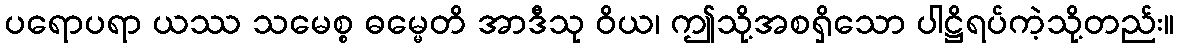
ပရောပရာ ယဿ သမေစ္စ ဓမ္မေတိ အာဒီသု ဝိယ၊ ဤသို့အစရှိသော ပါဋ္ဌိရပ်ကဲ့သို့တည်း။